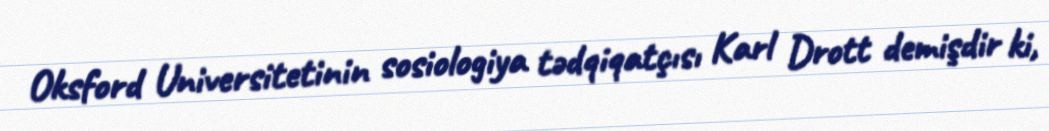
Oksford Universitetinin sosiologiya tədqiqatçısı Karl Drott demişdir ki,